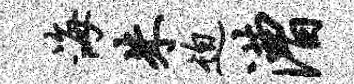
海朱迫漕